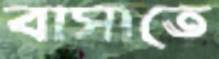
বাসাতে